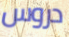
دروس